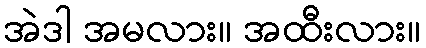
အဲဒါ အမလား။ အထီးလား။